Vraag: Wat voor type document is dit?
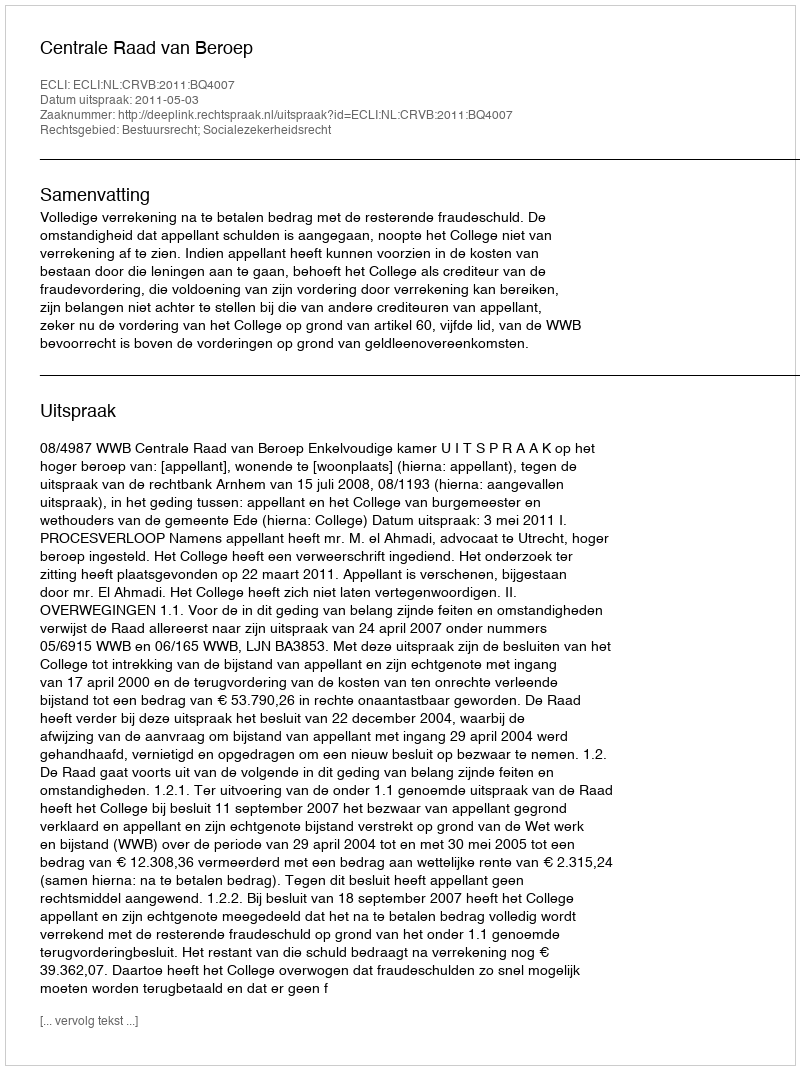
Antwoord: Uitspraak